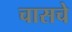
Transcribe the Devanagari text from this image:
चासचे